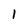
Character: 1